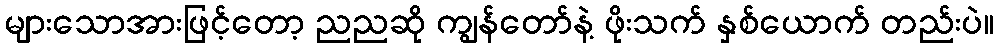
များသောအားဖြင့်တော့ ညညဆို ကျွန်တော်နဲ့ ဖိုးသက် နှစ်ယောက် တည်းပဲ။